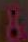
&